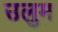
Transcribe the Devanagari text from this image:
उलुम